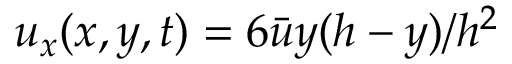
u _ { x } ( x , y , t ) = 6 \bar { u } y ( h - y ) / h ^ { 2 }